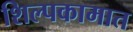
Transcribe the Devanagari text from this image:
शिल्पकामात